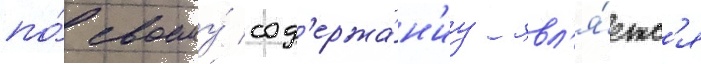
по́ своему́ сод'ержа́н'иу явл'я́етс'я